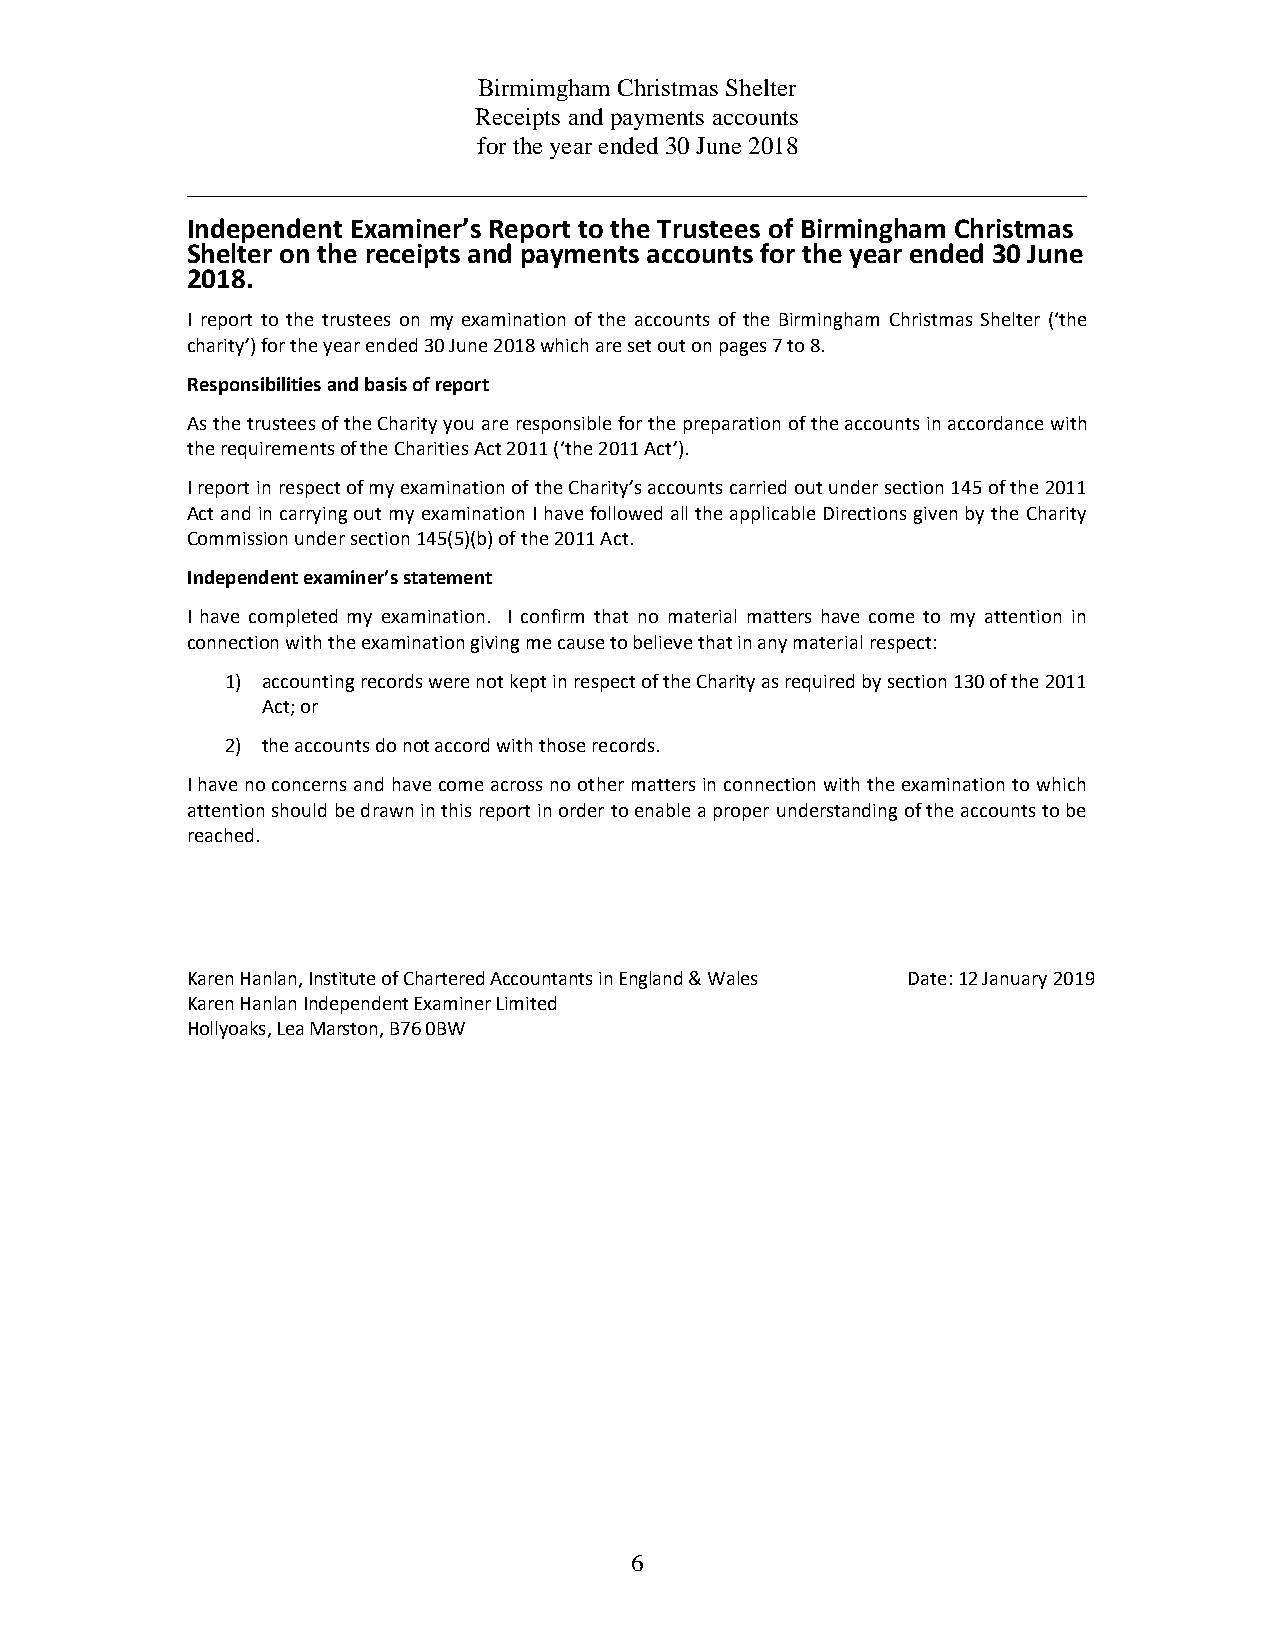
Birmimgham Christmas Shelter
 Receipts and payments accounts
 for the year ended 30 June 2018
 Independent Examiner’s Report to the Trustees of Birmingham Christmas
 Shelter on the receipts and payments accounts for the year ended 30 June
 2018.
 I report to the trustees on my examination of the accounts of the Birmingham Christmas Shelter (‘the
 charity’) for the year ended 30 June 2018 which are set out on pages 7 to 8.
 Responsibilities and basis of report
 As the trustees of the Charity you are responsible for the preparation of the accounts in accordance with
 the requirements of the Charities Act 2011 (‘the 2011 Act’).
 I report in respect of my examination of the Charity’s accounts carried out under section 145 of the 2011
 Act and in carrying out my examination I have followed all the applicable Directions given by the Charity
 Commission under section 145(5)(b) of the 2011 Act.
 Independent examiner’s statement
 I have completed my examination. I confirm that no material matters have come to my attention in
 connection with the examination giving me cause to believe that in any material respect:
 1) accounting records were not kept in respect of the Charity as required by section 130 of the 2011
 Act; or
 2) the accounts do not accord with those records.
 I have no concerns and have come across no other matters in connection with the examination to which
 attention should be drawn in this report in order to enable a proper understanding of the accounts to be
 reached.
 Karen Hanlan, Institute of Chartered Accountants in England & Wales Date: 12 January 2019
 Karen Hanlan Independent Examiner Limited
 Hollyoaks, Lea Marston, B76 0BW
 6